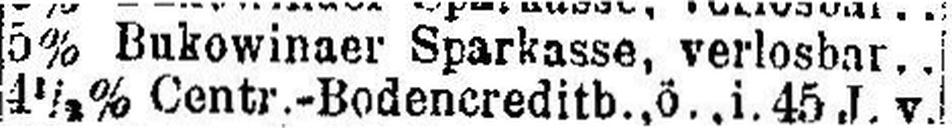
5% Bukowinaer Sparkasse, verlosbar..